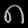
Digit: ၈